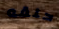
حلقه